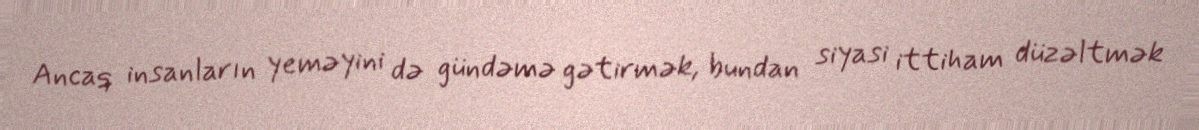
Ancaq insanların yeməyini də gündəmə gətirmək, bundan siyasi ittiham düzəltmək